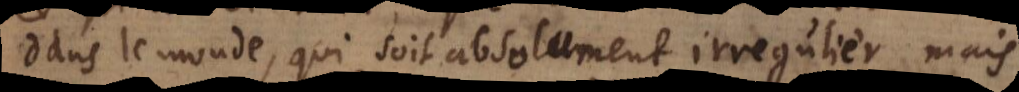
dans le monde, qui soit absolument irregulier, mais